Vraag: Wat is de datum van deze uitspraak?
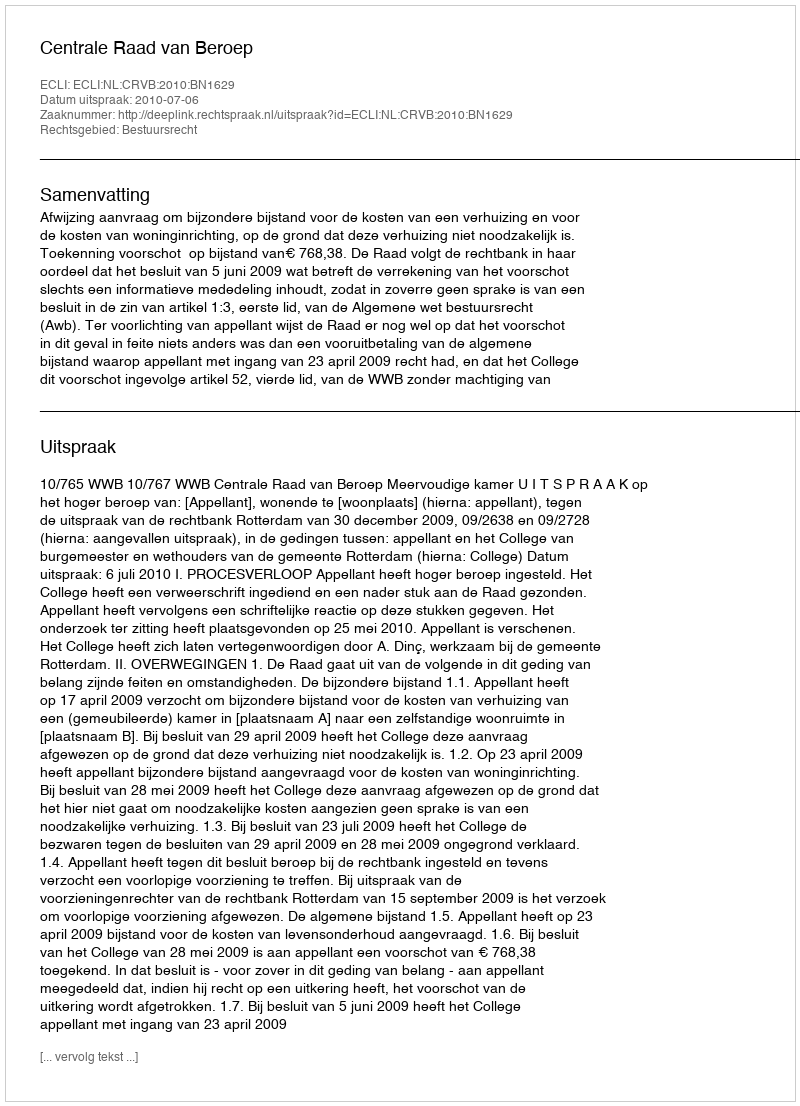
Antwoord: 2010-07-06